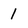
Character: 1